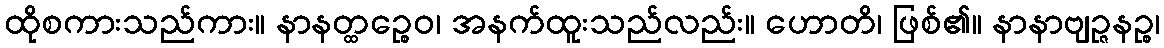
ထိုစကားသည်ကား။ နာနတ္ထဉ္စေဝ၊ အနက်ထူးသည်လည်း။ ဟောတိ၊ ဖြစ်၏။ နာနာဗျဉ္ဇနဉ္စ၊